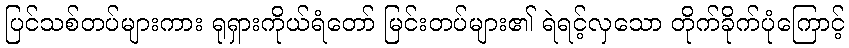
ပြင်သစ်တပ်များကား ရုရှားကိုယ်ရံတော် မြင်းတပ်များ၏ ရဲရင့်လှသော တိုက်ခိုက်ပုံကြောင့်